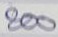
800